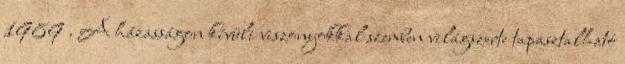
1989 . A házasságon kívüli viszonyokkal szemben világszerte tapasztalható